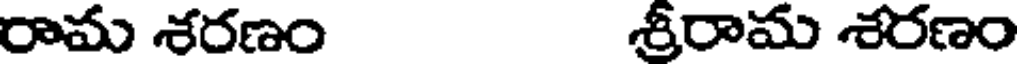
రామ శరణం శ్రీరామ శరణం